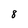
Character: 8